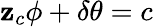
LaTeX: \mathbf{z}_{c}\phi+\delta\theta=c